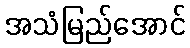
အသံမြည်အောင်